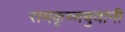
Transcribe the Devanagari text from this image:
रामकृष्णबुवांनी